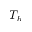
T _ { b }